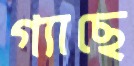
গ্যাছে